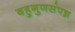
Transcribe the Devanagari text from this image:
बहुगुणसंपन्न